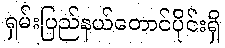
ရှမ်းပြည်နယ်တောင်ပိုင်းရှိ